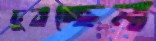
চুবচ্ছেন